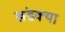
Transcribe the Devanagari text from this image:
खंडक्या